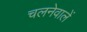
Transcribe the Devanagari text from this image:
चलनेवालें